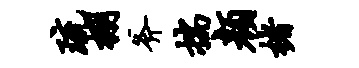
琉棚斧揣颜楮